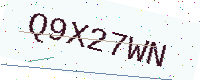
Text: Q9X27WN